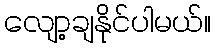
လျော့ချနိုင်ပါမယ်။